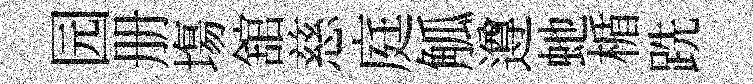
园册塲舘慈庭觚遵虵楯跣